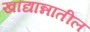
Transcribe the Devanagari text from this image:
खाद्यान्नातील